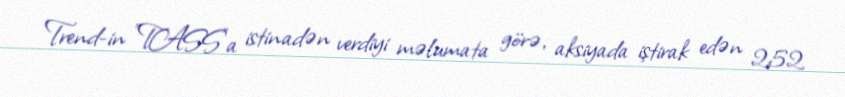
Trend-in "TASS"a istinadən verdiyi məlumata görə, aksiyada iştirak edən 252